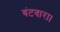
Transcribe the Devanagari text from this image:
बंटवारा।